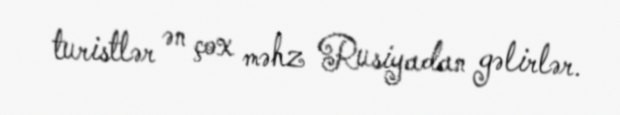
turistlər ən çox məhz Rusiyadan gəlirlər.